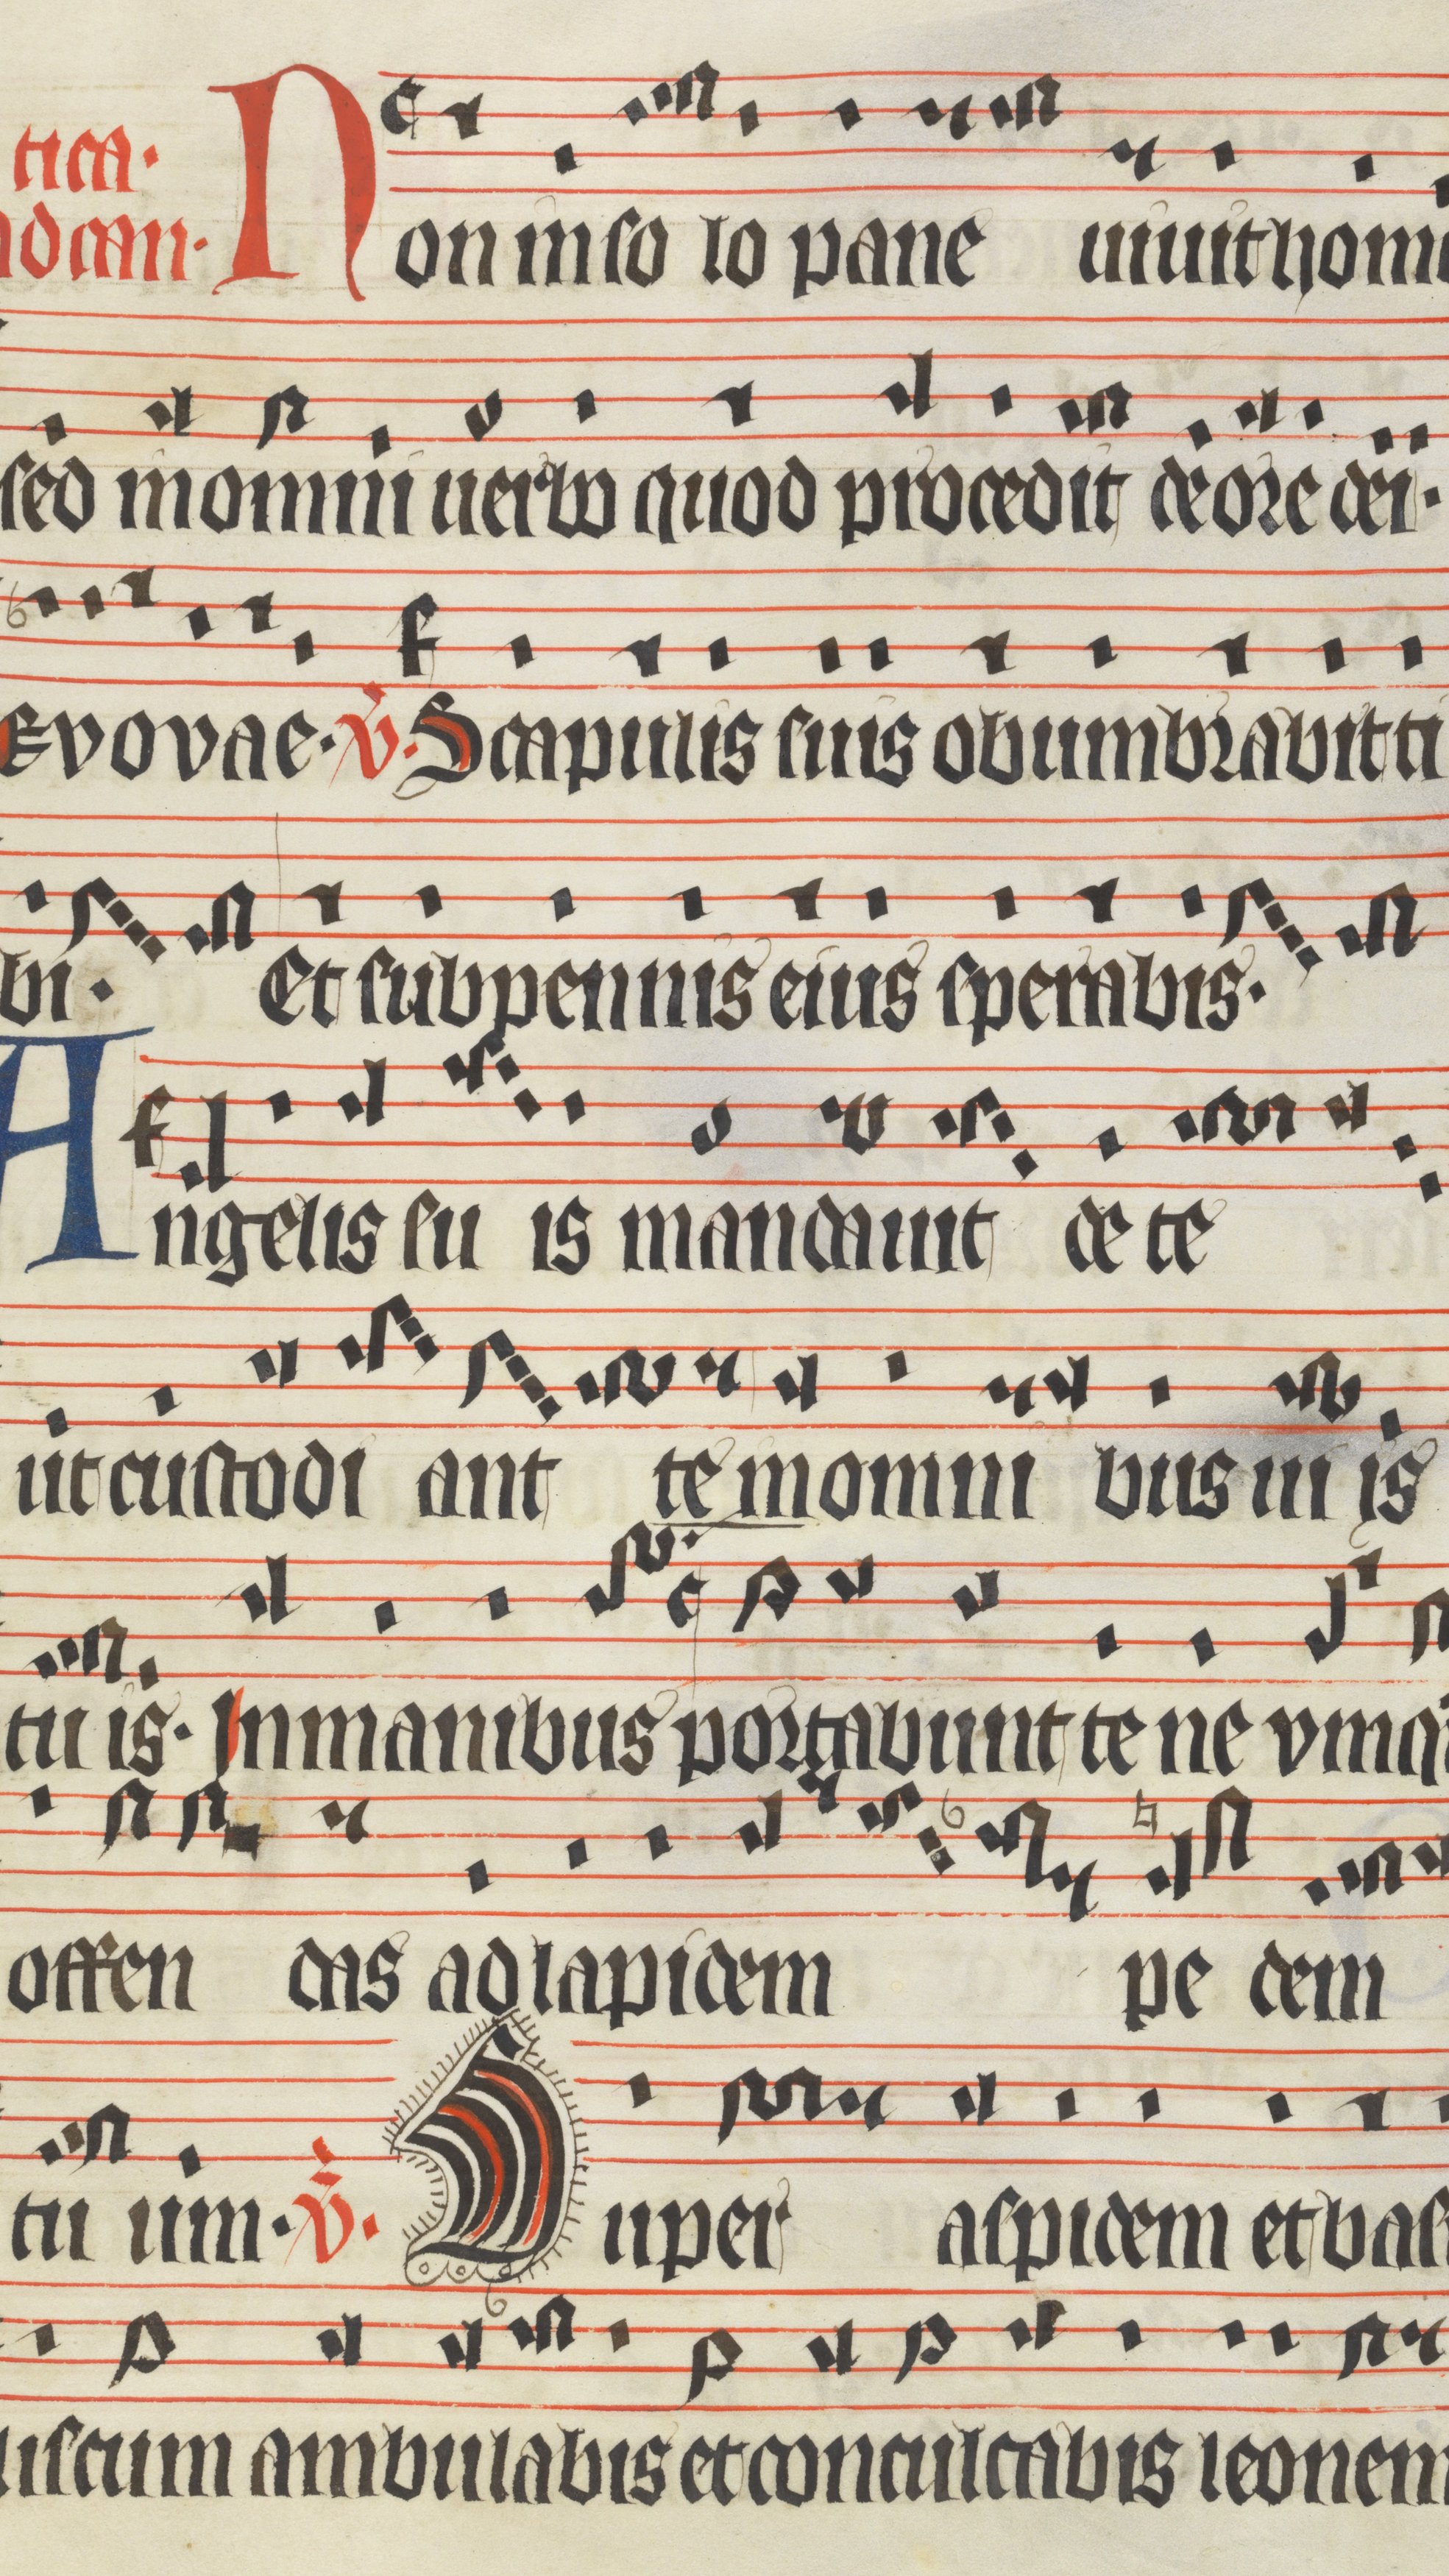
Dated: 1400–1499